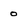
Character: 0